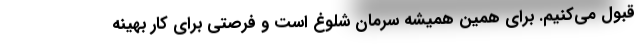
قبول می‌کنیم. برای همین همیشه سرمان شلوغ است و فرصتی برای کار بهینه